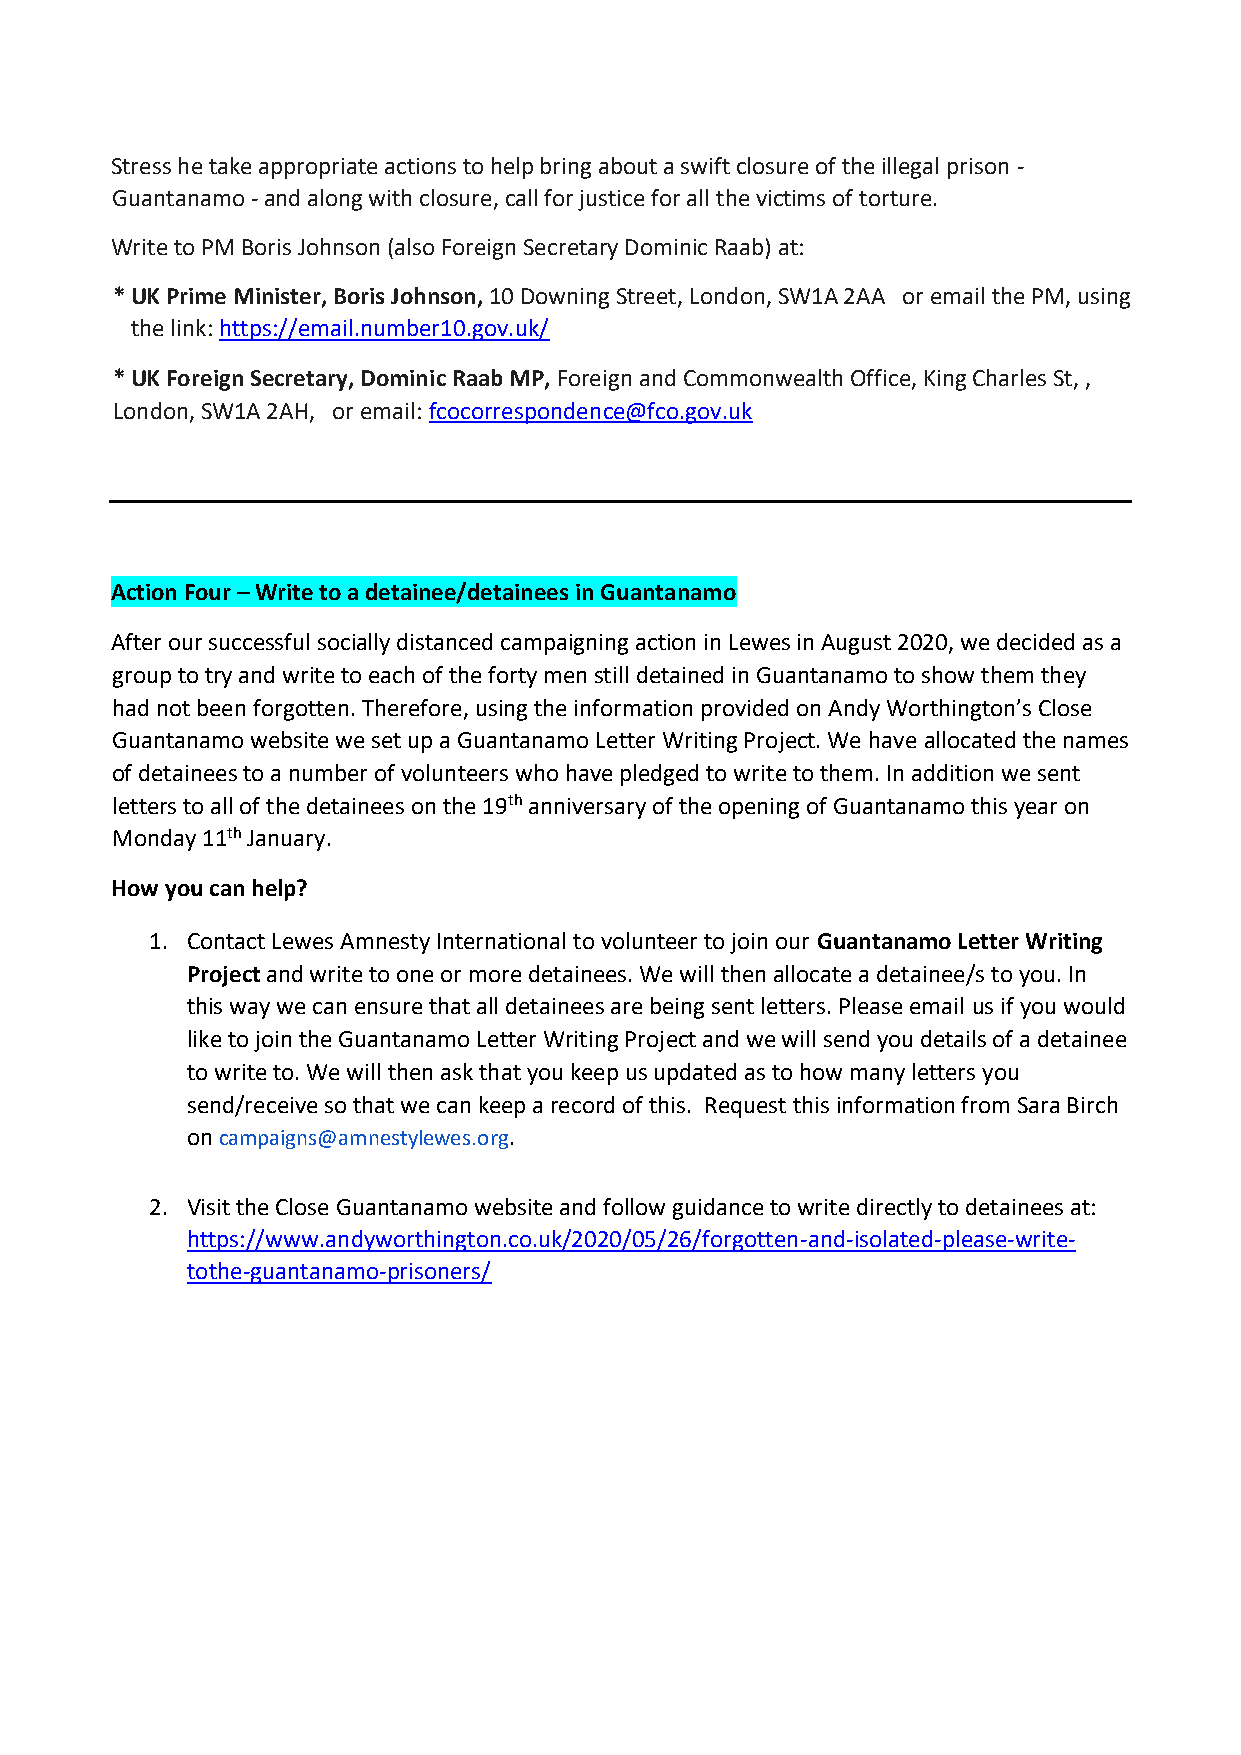
Stress he take appropriate actions to help bring about a swift closure of the illegal prison -
 Guantanamo - and along with closure, call for justice for all the victims of torture.
 Write to PM Boris Johnson (also Foreign Secretary Dominic Raab) at:
 * UK Prime Minister, Boris Johnson, 10 Downing Street, London, SW1A 2AA or email the PM, using
 the link: https://email.number10.gov.uk/
 * UK Foreign Secretary, Dominic Raab MP, Foreign and Commonwealth Office, King Charles St, ,
 London, SW1A 2AH, or email: fcocorrespondence@fco.gov.uk
 Action Four – Write to a detainee/detainees in Guantanamo
 After our successful socially distanced campaigning action in Lewes in August 2020, we decided as a
 group to try and write to each of the forty men still detained in Guantanamo to show them they
 had not been forgotten. Therefore, using the information provided on Andy Worthington’s Close
 Guantanamo website we set up a Guantanamo Letter Writing Project. We have allocated the names
 of detainees to a number of volunteers who have pledged to write to them. In addition we sent
 letters to all of the detainees on the 19th anniversary of the opening of Guantanamo this year on
 Monday 11th January.
 How you can help?
 1. Contact Lewes Amnesty International to volunteer to join our Guantanamo Letter Writing
 Project and write to one or more detainees. We will then allocate a detainee/s to you. In
 this way we can ensure that all detainees are being sent letters. Please email us if you would
 like to join the Guantanamo Letter Writing Project and we will send you details of a detainee
 to write to. We will then ask that you keep us updated as to how many letters you
 send/receive so that we can keep a record of this. Request this information from Sara Birch
 on campaigns@amnestylewes.org.
 2. Visit the Close Guantanamo website and follow guidance to write directly to detainees at:
 https://www.andyworthington.co.uk/2020/05/26/forgotten-and-isolated-please-write-
 tothe-guantanamo-prisoners/